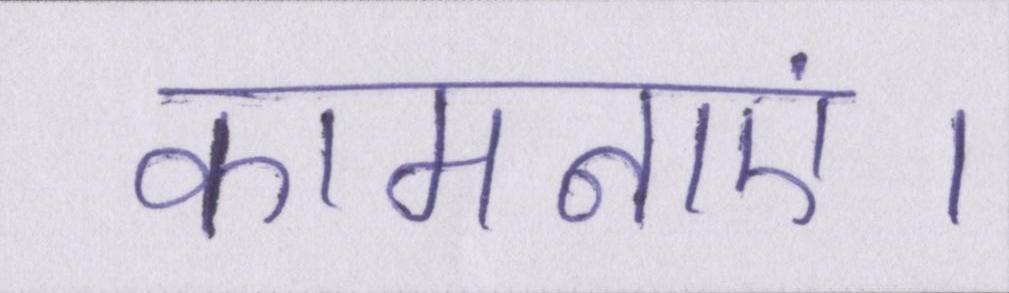
कामनाएं।